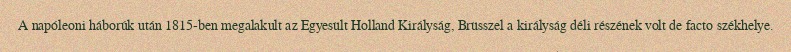
A napóleoni háborúk után 1815-ben megalakult az Egyesült Holland Királyság, Brüsszel a királyság déli részének volt de facto székhelye.